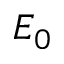
E _ { 0 }